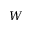
W